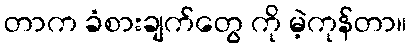
တာက ခံစားချက်တွေ ကို မဲ့ကုန်တာ။